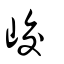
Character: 峧